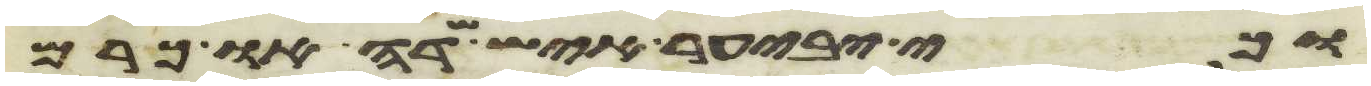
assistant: וכי יבעיר איש שדה או כרם